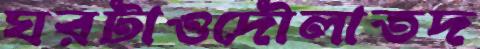
ঘরটাওদৌলাতদ